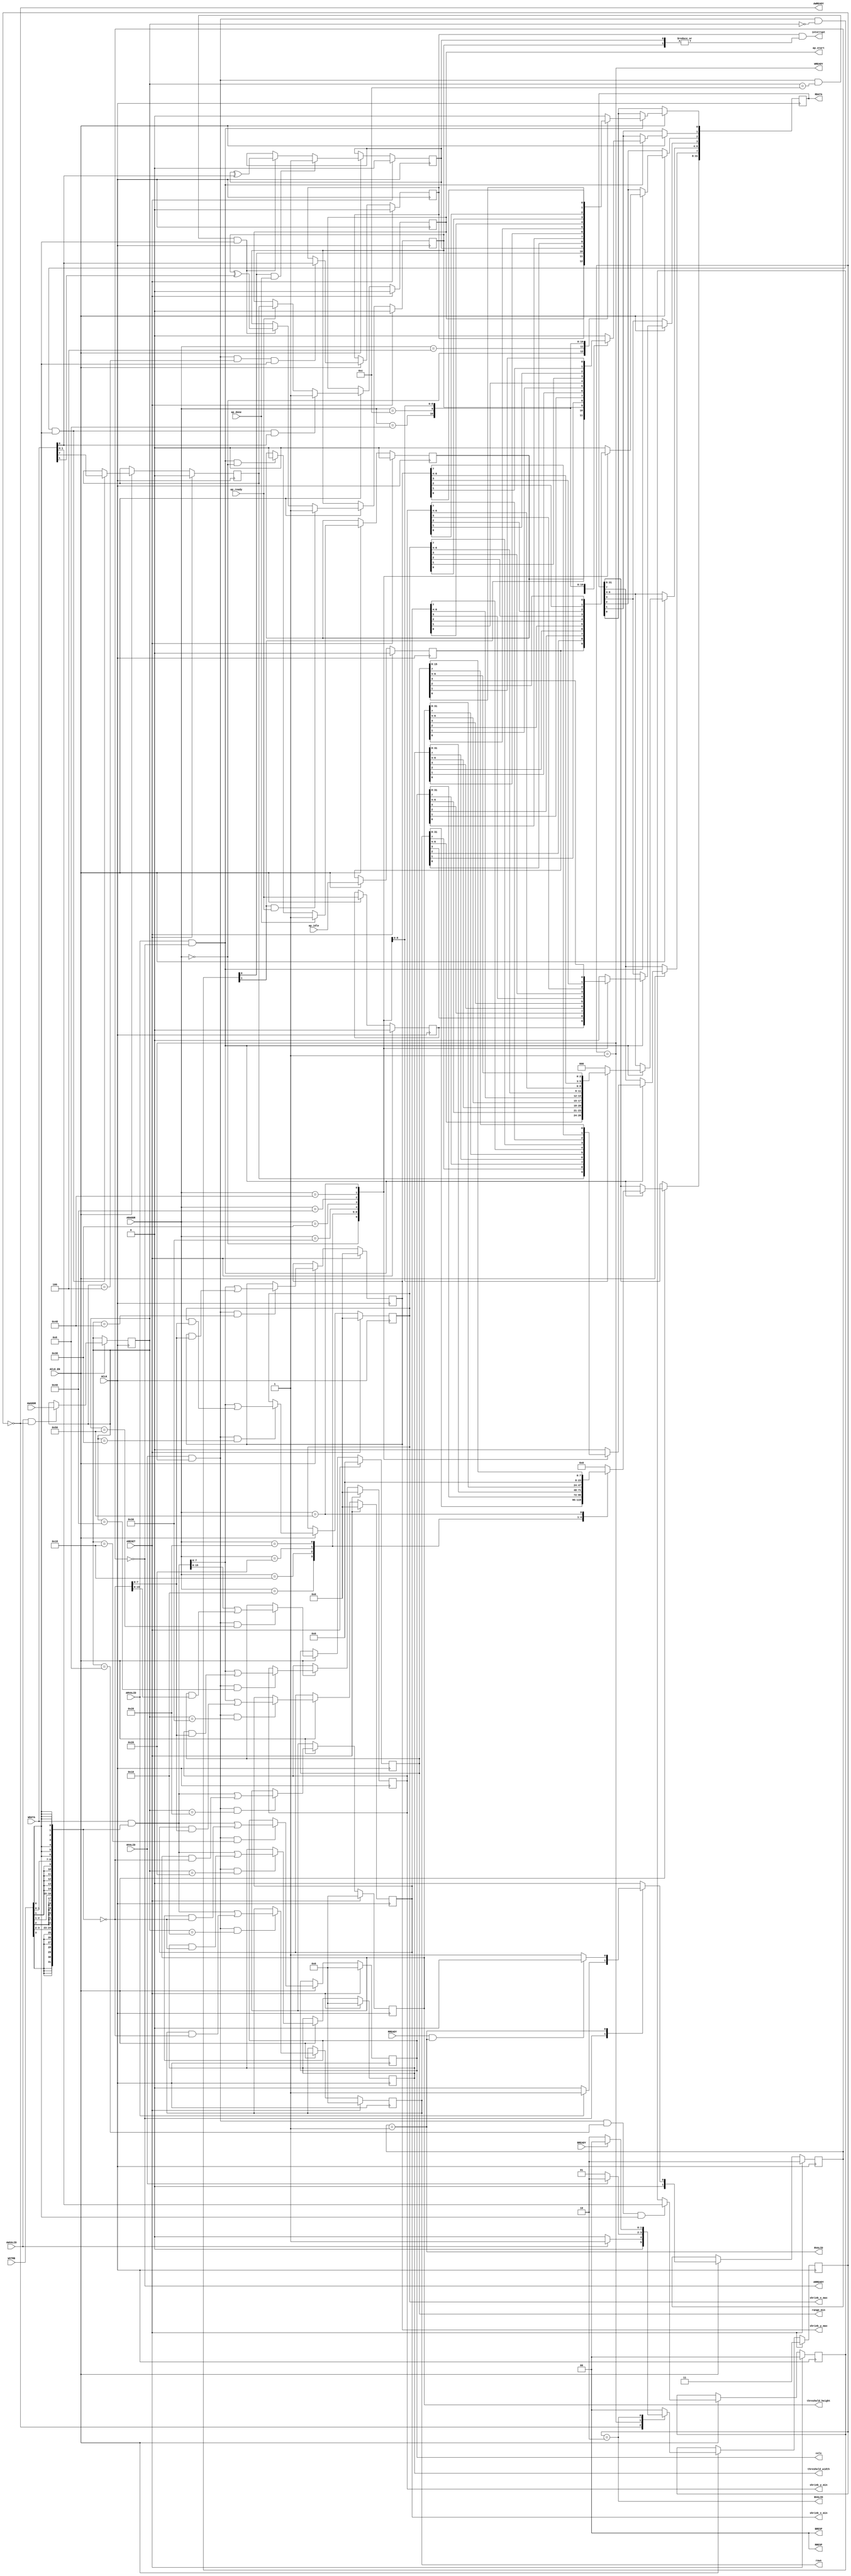
// ==============================================================
// File generated by Vivado(TM) HLS - High-Level Synthesis from C, C++ and SystemC
// Version: 2018.2
// Copyright (C) 1986-2018 Xilinx, Inc. All Rights Reserved.
// 
// ==============================================================

`timescale 1ns/1ps
module projection1_hls_AXILiteS_s_axi
#(parameter
    C_S_AXI_ADDR_WIDTH = 7,
    C_S_AXI_DATA_WIDTH = 32
)(
    // axi4 lite slave signals
    input  wire                          ACLK,
    input  wire                          ARESET,
    input  wire                          ACLK_EN,
    input  wire [C_S_AXI_ADDR_WIDTH-1:0] AWADDR,
    input  wire                          AWVALID,
    output wire                          AWREADY,
    input  wire [C_S_AXI_DATA_WIDTH-1:0] WDATA,
    input  wire [C_S_AXI_DATA_WIDTH/8-1:0] WSTRB,
    input  wire                          WVALID,
    output wire                          WREADY,
    output wire [1:0]                    BRESP,
    output wire                          BVALID,
    input  wire                          BREADY,
    input  wire [C_S_AXI_ADDR_WIDTH-1:0] ARADDR,
    input  wire                          ARVALID,
    output wire                          ARREADY,
    output wire [C_S_AXI_DATA_WIDTH-1:0] RDATA,
    output wire [1:0]                    RRESP,
    output wire                          RVALID,
    input  wire                          RREADY,
    output wire                          interrupt,
    // user signals
    output wire                          ap_start,
    input  wire                          ap_done,
    input  wire                          ap_ready,
    input  wire                          ap_idle,
    output wire [31:0]                   rows,
    output wire [31:0]                   cols,
    output wire [31:0]                   threshold_width,
    output wire [31:0]                   threshold_height,
    output wire [7:0]                    shrink_x_min,
    output wire [7:0]                    shrink_x_max,
    output wire [7:0]                    shrink_y_min,
    output wire [7:0]                    shrink_y_max,
    output wire [15:0]                   range_min
);
//------------------------Address Info-------------------
// 0x00 : Control signals
//        bit 0  - ap_start (Read/Write/COH)
//        bit 1  - ap_done (Read/COR)
//        bit 2  - ap_idle (Read)
//        bit 3  - ap_ready (Read)
//        bit 7  - auto_restart (Read/Write)
//        others - reserved
// 0x04 : Global Interrupt Enable Register
//        bit 0  - Global Interrupt Enable (Read/Write)
//        others - reserved
// 0x08 : IP Interrupt Enable Register (Read/Write)
//        bit 0  - Channel 0 (ap_done)
//        bit 1  - Channel 1 (ap_ready)
//        others - reserved
// 0x0c : IP Interrupt Status Register (Read/TOW)
//        bit 0  - Channel 0 (ap_done)
//        bit 1  - Channel 1 (ap_ready)
//        others - reserved
// 0x10 : Data signal of rows
//        bit 31~0 - rows[31:0] (Read/Write)
// 0x14 : reserved
// 0x18 : Data signal of cols
//        bit 31~0 - cols[31:0] (Read/Write)
// 0x1c : reserved
// 0x20 : Data signal of threshold_width
//        bit 31~0 - threshold_width[31:0] (Read/Write)
// 0x24 : reserved
// 0x28 : Data signal of threshold_height
//        bit 31~0 - threshold_height[31:0] (Read/Write)
// 0x2c : reserved
// 0x30 : Data signal of shrink_x_min
//        bit 7~0 - shrink_x_min[7:0] (Read/Write)
//        others  - reserved
// 0x34 : reserved
// 0x38 : Data signal of shrink_x_max
//        bit 7~0 - shrink_x_max[7:0] (Read/Write)
//        others  - reserved
// 0x3c : reserved
// 0x40 : Data signal of shrink_y_min
//        bit 7~0 - shrink_y_min[7:0] (Read/Write)
//        others  - reserved
// 0x44 : reserved
// 0x48 : Data signal of shrink_y_max
//        bit 7~0 - shrink_y_max[7:0] (Read/Write)
//        others  - reserved
// 0x4c : reserved
// 0x50 : Data signal of range_min
//        bit 15~0 - range_min[15:0] (Read/Write)
//        others   - reserved
// 0x54 : reserved
// (SC = Self Clear, COR = Clear on Read, TOW = Toggle on Write, COH = Clear on Handshake)

//------------------------Parameter----------------------
localparam
    ADDR_AP_CTRL                 = 7'h00,
    ADDR_GIE                     = 7'h04,
    ADDR_IER                     = 7'h08,
    ADDR_ISR                     = 7'h0c,
    ADDR_ROWS_DATA_0             = 7'h10,
    ADDR_ROWS_CTRL               = 7'h14,
    ADDR_COLS_DATA_0             = 7'h18,
    ADDR_COLS_CTRL               = 7'h1c,
    ADDR_THRESHOLD_WIDTH_DATA_0  = 7'h20,
    ADDR_THRESHOLD_WIDTH_CTRL    = 7'h24,
    ADDR_THRESHOLD_HEIGHT_DATA_0 = 7'h28,
    ADDR_THRESHOLD_HEIGHT_CTRL   = 7'h2c,
    ADDR_SHRINK_X_MIN_DATA_0     = 7'h30,
    ADDR_SHRINK_X_MIN_CTRL       = 7'h34,
    ADDR_SHRINK_X_MAX_DATA_0     = 7'h38,
    ADDR_SHRINK_X_MAX_CTRL       = 7'h3c,
    ADDR_SHRINK_Y_MIN_DATA_0     = 7'h40,
    ADDR_SHRINK_Y_MIN_CTRL       = 7'h44,
    ADDR_SHRINK_Y_MAX_DATA_0     = 7'h48,
    ADDR_SHRINK_Y_MAX_CTRL       = 7'h4c,
    ADDR_RANGE_MIN_DATA_0        = 7'h50,
    ADDR_RANGE_MIN_CTRL          = 7'h54,
    WRIDLE                       = 2'd0,
    WRDATA                       = 2'd1,
    WRRESP                       = 2'd2,
    WRRESET                      = 2'd3,
    RDIDLE                       = 2'd0,
    RDDATA                       = 2'd1,
    RDRESET                      = 2'd2,
    ADDR_BITS         = 7;

//------------------------Local signal-------------------
    reg  [1:0]                    wstate = WRRESET;
    reg  [1:0]                    wnext;
    reg  [ADDR_BITS-1:0]          waddr;
    wire [31:0]                   wmask;
    wire                          aw_hs;
    wire                          w_hs;
    reg  [1:0]                    rstate = RDRESET;
    reg  [1:0]                    rnext;
    reg  [31:0]                   rdata;
    wire                          ar_hs;
    wire [ADDR_BITS-1:0]          raddr;
    // internal registers
    reg                           int_ap_idle;
    reg                           int_ap_ready;
    reg                           int_ap_done = 1'b0;
    reg                           int_ap_start = 1'b0;
    reg                           int_auto_restart = 1'b0;
    reg                           int_gie = 1'b0;
    reg  [1:0]                    int_ier = 2'b0;
    reg  [1:0]                    int_isr = 2'b0;
    reg  [31:0]                   int_rows = 'b0;
    reg  [31:0]                   int_cols = 'b0;
    reg  [31:0]                   int_threshold_width = 'b0;
    reg  [31:0]                   int_threshold_height = 'b0;
    reg  [7:0]                    int_shrink_x_min = 'b0;
    reg  [7:0]                    int_shrink_x_max = 'b0;
    reg  [7:0]                    int_shrink_y_min = 'b0;
    reg  [7:0]                    int_shrink_y_max = 'b0;
    reg  [15:0]                   int_range_min = 'b0;

//------------------------Instantiation------------------

//------------------------AXI write fsm------------------
assign AWREADY = (wstate == WRIDLE);
assign WREADY  = (wstate == WRDATA);
assign BRESP   = 2'b00;  // OKAY
assign BVALID  = (wstate == WRRESP);
assign wmask   = { {8{WSTRB[3]}}, {8{WSTRB[2]}}, {8{WSTRB[1]}}, {8{WSTRB[0]}} };
assign aw_hs   = AWVALID & AWREADY;
assign w_hs    = WVALID & WREADY;

// wstate
always @(posedge ACLK) begin
    if (ARESET)
        wstate <= WRRESET;
    else if (ACLK_EN)
        wstate <= wnext;
end

// wnext
always @(*) begin
    case (wstate)
        WRIDLE:
            if (AWVALID)
                wnext = WRDATA;
            else
                wnext = WRIDLE;
        WRDATA:
            if (WVALID)
                wnext = WRRESP;
            else
                wnext = WRDATA;
        WRRESP:
            if (BREADY)
                wnext = WRIDLE;
            else
                wnext = WRRESP;
        default:
            wnext = WRIDLE;
    endcase
end

// waddr
always @(posedge ACLK) begin
    if (ACLK_EN) begin
        if (aw_hs)
            waddr <= AWADDR[ADDR_BITS-1:0];
    end
end

//------------------------AXI read fsm-------------------
assign ARREADY = (rstate == RDIDLE);
assign RDATA   = rdata;
assign RRESP   = 2'b00;  // OKAY
assign RVALID  = (rstate == RDDATA);
assign ar_hs   = ARVALID & ARREADY;
assign raddr   = ARADDR[ADDR_BITS-1:0];

// rstate
always @(posedge ACLK) begin
    if (ARESET)
        rstate <= RDRESET;
    else if (ACLK_EN)
        rstate <= rnext;
end

// rnext
always @(*) begin
    case (rstate)
        RDIDLE:
            if (ARVALID)
                rnext = RDDATA;
            else
                rnext = RDIDLE;
        RDDATA:
            if (RREADY & RVALID)
                rnext = RDIDLE;
            else
                rnext = RDDATA;
        default:
            rnext = RDIDLE;
    endcase
end

// rdata
always @(posedge ACLK) begin
    if (ACLK_EN) begin
        if (ar_hs) begin
            rdata <= 1'b0;
            case (raddr)
                ADDR_AP_CTRL: begin
                    rdata[0] <= int_ap_start;
                    rdata[1] <= int_ap_done;
                    rdata[2] <= int_ap_idle;
                    rdata[3] <= int_ap_ready;
                    rdata[7] <= int_auto_restart;
                end
                ADDR_GIE: begin
                    rdata <= int_gie;
                end
                ADDR_IER: begin
                    rdata <= int_ier;
                end
                ADDR_ISR: begin
                    rdata <= int_isr;
                end
                ADDR_ROWS_DATA_0: begin
                    rdata <= int_rows[31:0];
                end
                ADDR_COLS_DATA_0: begin
                    rdata <= int_cols[31:0];
                end
                ADDR_THRESHOLD_WIDTH_DATA_0: begin
                    rdata <= int_threshold_width[31:0];
                end
                ADDR_THRESHOLD_HEIGHT_DATA_0: begin
                    rdata <= int_threshold_height[31:0];
                end
                ADDR_SHRINK_X_MIN_DATA_0: begin
                    rdata <= int_shrink_x_min[7:0];
                end
                ADDR_SHRINK_X_MAX_DATA_0: begin
                    rdata <= int_shrink_x_max[7:0];
                end
                ADDR_SHRINK_Y_MIN_DATA_0: begin
                    rdata <= int_shrink_y_min[7:0];
                end
                ADDR_SHRINK_Y_MAX_DATA_0: begin
                    rdata <= int_shrink_y_max[7:0];
                end
                ADDR_RANGE_MIN_DATA_0: begin
                    rdata <= int_range_min[15:0];
                end
            endcase
        end
    end
end


//------------------------Register logic-----------------
assign interrupt        = int_gie & (|int_isr);
assign ap_start         = int_ap_start;
assign rows             = int_rows;
assign cols             = int_cols;
assign threshold_width  = int_threshold_width;
assign threshold_height = int_threshold_height;
assign shrink_x_min     = int_shrink_x_min;
assign shrink_x_max     = int_shrink_x_max;
assign shrink_y_min     = int_shrink_y_min;
assign shrink_y_max     = int_shrink_y_max;
assign range_min        = int_range_min;
// int_ap_start
always @(posedge ACLK) begin
    if (ARESET)
        int_ap_start <= 1'b0;
    else if (ACLK_EN) begin
        if (w_hs && waddr == ADDR_AP_CTRL && WSTRB[0] && WDATA[0])
            int_ap_start <= 1'b1;
        else if (ap_ready)
            int_ap_start <= int_auto_restart; // clear on handshake/auto restart
    end
end

// int_ap_done
always @(posedge ACLK) begin
    if (ARESET)
        int_ap_done <= 1'b0;
    else if (ACLK_EN) begin
        if (ap_done)
            int_ap_done <= 1'b1;
        else if (ar_hs && raddr == ADDR_AP_CTRL)
            int_ap_done <= 1'b0; // clear on read
    end
end

// int_ap_idle
always @(posedge ACLK) begin
    if (ARESET)
        int_ap_idle <= 1'b0;
    else if (ACLK_EN) begin
            int_ap_idle <= ap_idle;
    end
end

// int_ap_ready
always @(posedge ACLK) begin
    if (ARESET)
        int_ap_ready <= 1'b0;
    else if (ACLK_EN) begin
            int_ap_ready <= ap_ready;
    end
end

// int_auto_restart
always @(posedge ACLK) begin
    if (ARESET)
        int_auto_restart <= 1'b0;
    else if (ACLK_EN) begin
        if (w_hs && waddr == ADDR_AP_CTRL && WSTRB[0])
            int_auto_restart <=  WDATA[7];
    end
end

// int_gie
always @(posedge ACLK) begin
    if (ARESET)
        int_gie <= 1'b0;
    else if (ACLK_EN) begin
        if (w_hs && waddr == ADDR_GIE && WSTRB[0])
            int_gie <= WDATA[0];
    end
end

// int_ier
always @(posedge ACLK) begin
    if (ARESET)
        int_ier <= 1'b0;
    else if (ACLK_EN) begin
        if (w_hs && waddr == ADDR_IER && WSTRB[0])
            int_ier <= WDATA[1:0];
    end
end

// int_isr[0]
always @(posedge ACLK) begin
    if (ARESET)
        int_isr[0] <= 1'b0;
    else if (ACLK_EN) begin
        if (int_ier[0] & ap_done)
            int_isr[0] <= 1'b1;
        else if (w_hs && waddr == ADDR_ISR && WSTRB[0])
            int_isr[0] <= int_isr[0] ^ WDATA[0]; // toggle on write
    end
end

// int_isr[1]
always @(posedge ACLK) begin
    if (ARESET)
        int_isr[1] <= 1'b0;
    else if (ACLK_EN) begin
        if (int_ier[1] & ap_ready)
            int_isr[1] <= 1'b1;
        else if (w_hs && waddr == ADDR_ISR && WSTRB[0])
            int_isr[1] <= int_isr[1] ^ WDATA[1]; // toggle on write
    end
end

// int_rows[31:0]
always @(posedge ACLK) begin
    if (ARESET)
        int_rows[31:0] <= 0;
    else if (ACLK_EN) begin
        if (w_hs && waddr == ADDR_ROWS_DATA_0)
            int_rows[31:0] <= (WDATA[31:0] & wmask) | (int_rows[31:0] & ~wmask);
    end
end

// int_cols[31:0]
always @(posedge ACLK) begin
    if (ARESET)
        int_cols[31:0] <= 0;
    else if (ACLK_EN) begin
        if (w_hs && waddr == ADDR_COLS_DATA_0)
            int_cols[31:0] <= (WDATA[31:0] & wmask) | (int_cols[31:0] & ~wmask);
    end
end

// int_threshold_width[31:0]
always @(posedge ACLK) begin
    if (ARESET)
        int_threshold_width[31:0] <= 0;
    else if (ACLK_EN) begin
        if (w_hs && waddr == ADDR_THRESHOLD_WIDTH_DATA_0)
            int_threshold_width[31:0] <= (WDATA[31:0] & wmask) | (int_threshold_width[31:0] & ~wmask);
    end
end

// int_threshold_height[31:0]
always @(posedge ACLK) begin
    if (ARESET)
        int_threshold_height[31:0] <= 0;
    else if (ACLK_EN) begin
        if (w_hs && waddr == ADDR_THRESHOLD_HEIGHT_DATA_0)
            int_threshold_height[31:0] <= (WDATA[31:0] & wmask) | (int_threshold_height[31:0] & ~wmask);
    end
end

// int_shrink_x_min[7:0]
always @(posedge ACLK) begin
    if (ARESET)
        int_shrink_x_min[7:0] <= 0;
    else if (ACLK_EN) begin
        if (w_hs && waddr == ADDR_SHRINK_X_MIN_DATA_0)
            int_shrink_x_min[7:0] <= (WDATA[31:0] & wmask) | (int_shrink_x_min[7:0] & ~wmask);
    end
end

// int_shrink_x_max[7:0]
always @(posedge ACLK) begin
    if (ARESET)
        int_shrink_x_max[7:0] <= 0;
    else if (ACLK_EN) begin
        if (w_hs && waddr == ADDR_SHRINK_X_MAX_DATA_0)
            int_shrink_x_max[7:0] <= (WDATA[31:0] & wmask) | (int_shrink_x_max[7:0] & ~wmask);
    end
end

// int_shrink_y_min[7:0]
always @(posedge ACLK) begin
    if (ARESET)
        int_shrink_y_min[7:0] <= 0;
    else if (ACLK_EN) begin
        if (w_hs && waddr == ADDR_SHRINK_Y_MIN_DATA_0)
            int_shrink_y_min[7:0] <= (WDATA[31:0] & wmask) | (int_shrink_y_min[7:0] & ~wmask);
    end
end

// int_shrink_y_max[7:0]
always @(posedge ACLK) begin
    if (ARESET)
        int_shrink_y_max[7:0] <= 0;
    else if (ACLK_EN) begin
        if (w_hs && waddr == ADDR_SHRINK_Y_MAX_DATA_0)
            int_shrink_y_max[7:0] <= (WDATA[31:0] & wmask) | (int_shrink_y_max[7:0] & ~wmask);
    end
end

// int_range_min[15:0]
always @(posedge ACLK) begin
    if (ARESET)
        int_range_min[15:0] <= 0;
    else if (ACLK_EN) begin
        if (w_hs && waddr == ADDR_RANGE_MIN_DATA_0)
            int_range_min[15:0] <= (WDATA[31:0] & wmask) | (int_range_min[15:0] & ~wmask);
    end
end


//------------------------Memory logic-------------------

endmodule